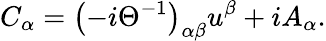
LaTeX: C_{\alpha}=\left(-i\Theta^{-1}\right)_{\alpha\beta}u^{\beta}+iA_{\alpha}.